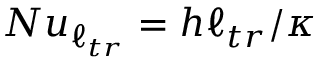
N u _ { \ell _ { t r } } = h \ell _ { t r } / \kappa